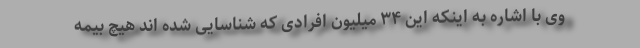
وی با اشاره به اینکه این ۳۴ میلیون افرادی که شناسایی شده اند هیچ بیمه